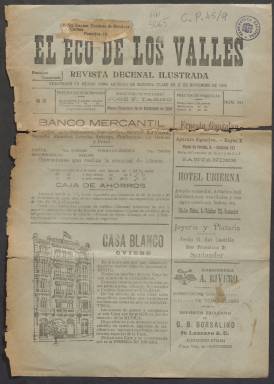
Título: El Eco de los valles
Colección: Periódicos
Ámbito geográfico: Asturias
Lugar de publicación: Panes [Asturias]
Fechas: 15/12/1924-15/12/1924